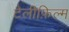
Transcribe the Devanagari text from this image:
टेलीफ़िल्म